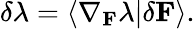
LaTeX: \delta\lambda=\langle\nabla_{\mathbf{F}}\lambda|\delta\mathbf{F}\rangle.